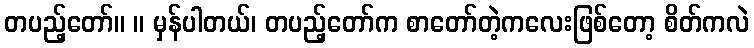
တပည့်တော်။ ။ မှန်ပါတယ်၊ တပည့်တော်က စာတော်တဲ့ကလေးဖြစ်တော့ စိတ်ကလဲ